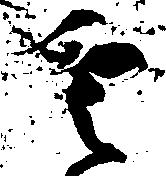
雲